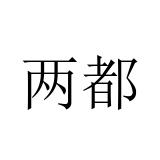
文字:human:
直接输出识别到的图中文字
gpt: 两都